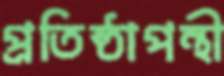
প্রতিষ্ঠাপন্থী